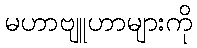
မဟာဗျူဟာများကို